Medical and sanitary report on the native army of Bombay for the year
Year: 1878
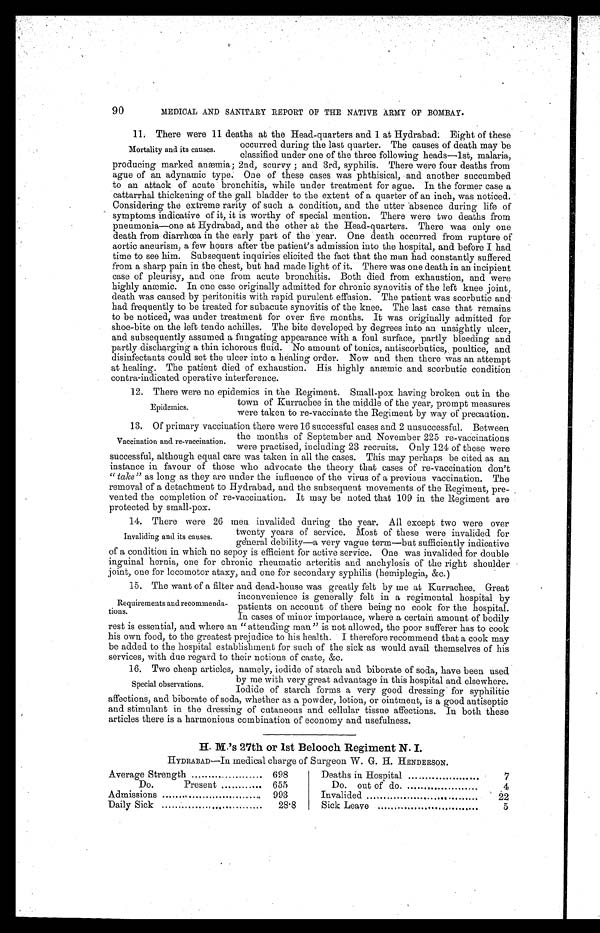
90
MEDICAL AND SANITARY REPORT OF THE NATIVE ARMY OF BOMBAY.
11. There were 11 deaths at the Head-quarters and 1 at Hydrabad. Eight of these
occurred during the last quarter. The causes of death may be
classified under one of the three following heads—1st, malaria,
producing marked anæmia ; 2nd, scurvy ; and 3rd, syphilis. There were four deaths from
ague of an adynamic type. One of these cases was phthisical, and another succumbed
to an attack of acute bronchitis, while under treatment for ague. In the former case a
cattarrhal thickening of the gall bladder to the extent of a quarter of an inch, was noticed.
Considering the extreme rarity of such a condition, and the utter absence during life of
symptoms indicative of it, it is worthy of special mention. There were two deaths from
pneumonia—one at Hydrabad, and the other at the Head-quarters. There was only one
death from diarrhœa in the early part of the year. One death occurred from rupture of
aortic aneurism, a few hours after the patient’s admission into the hospital, and before I had
time to see him. Subsequent inquiries elicited the fact that the man had constantly suffered
from a sharp pain in the chest, but had made light of it. There was one death in an incipient
case of pleurisy, and one from acute bronchitis. Both died from exhaustion, and were
highly anæmic. In one case originally admitted for chronic synovitis of the left knee joint,
death was caused by peritonitis with rapid purulent effusion. The patient was scorbutic and
had frequently to be treated for subacute synovitis of the knee. The last case that remains
to be noticed, was under treatment for over five months. It was originally admitted for
shoe-bite on the left tendo achilles. The bite developed by degrees into an unsightly ulcer,
and subsequently assumed a fungating appearance with a foul surface, partly bleeding and
partly discharging a thin ichorous fluid. No amount of tonics, antiscorbutics, poultice, and
disinfectants could set the ulcer into a healing order. Now and then there was an attempt
at healing. The patient died of exhaustion. His highly anæmic and scorbutic condition
contra-indicated operative interference.
12. There were no epidemics in the Regiment. Small-pox having broken out in the
Mortality and its causes.
Epidemics.
town of Kurrachee in the middle of the year, prompt measures
were taken to re-vaccinate the Regiment by way of precaution.
13. Of primary vaccination there were 16 successful cases and 2 unsuccessful. Between
the months of September and November 225 re-vaccinations
were practised, including 23 recruits. Only 124 of these were
successful, although equal care was taken in all the cases. This may perhaps be cited as an
instance in favour of those who advocate the theory that cases of re-vaccination don’t
“ take” as long as they are under the influence of the virus of a previous vaccination. The
removal of a detachment to Hydrabad, and the subsequent movements of the Regiment, pre-
vented the completion of re-vaccination. It may be noted that 109 in the Regiment are
protected by small-pox.
14. There were 26 men invalided during the year. All except two were over
twenty years of service. Most of these were invalided for
general debility—a very vague term—but sufficiently indicative
of a condition in which no sepoy is efficient for active service. One was invalided for double
inguinal hernia, one for chronic rheumatic arteritis and anchylosis of the right shoulder
joint, one for locomotor ataxy, and one for secondary syphilis (hemiplegia, &c.)
15. The want of a filter and dead-house was greatly felt by me at Kurrachee. Great
inconvenience is generally felt in a regimental hospital by
patients on account of there being no cook for the hospital.
In cases of minor importance, where a certain amount of bodily
rest is essential, and where an “attending man” is not allowed, the poor sufferer has to cook
his own food, to the greatest prejudice to his health. I therefore recommend that a cook may
be added to the hospital establishment for such of the sick as would avail themselves of his
services, with due regard to their notions of caste, &c.
16. Two cheap articles, namely, iodide of starch and biborate of soda, have been used
by me with very great advantage in this hospital and elsewhere.
Iodide of starch forms a very good dressing for syphilitic
affections, and biborate of soda, whether as a powder, lotion, or ointment, is a good antiseptic
and stimulant in the dressing of cutaneous and cellular tissue affections. In both these
articles there is a harmonious combination of economy and usefulness.
H. M.’s 27th or 1st Belooch Regiment N. I.
HYDRABAD—In medical charge of Surgeon W. G. H. HENDERSON.
Vaccination and re-vaccination.
Invaliding and its causes.
Requirements and recommenda-
tions.
Special observations.
Average Strength
698
Do.
Present
655
Admissions
.
. 993
Daily Sick
28.S
Deaths in Hospital
...
7
Do. out of do.
4
Invalided
.
22
Sick Leave
5